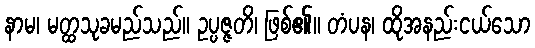
နာမ၊ မတ္ထသုခမည်သည်။ ဥပ္ပဇ္ဇတိ၊ ဖြစ်၏။ တံပန၊ ထိုအနည်းငယ်သော